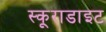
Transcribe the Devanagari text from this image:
स्कूराडाइट